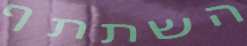
השתתף